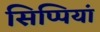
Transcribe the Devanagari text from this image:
सिप्पियां